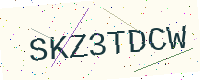
Text: SKZ3TDCW